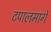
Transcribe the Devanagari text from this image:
टपालमार्गे